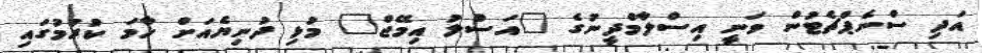
އަދި ސްނެޕްޗެޓުން ވަނީ އިސްލާމްދީނުގެ "އަސްލު އިމޭޖް" މުޅި ދުނިޔެއަށް ހާމަ ކުރުމުގައި